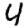
Digit: 4